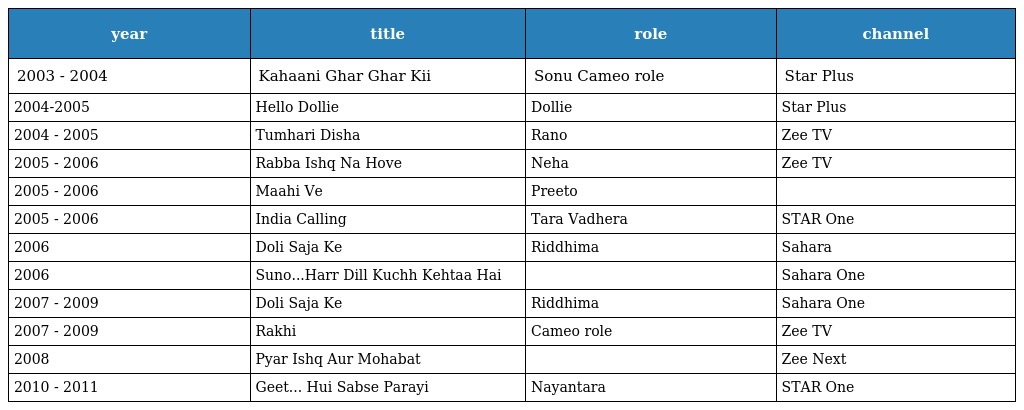
| year | title | role | channel |
 | --- | --- | --- | --- |
 | 2003 - 2004 | Kahaani Ghar Ghar Kii | Sonu Cameo role | Star Plus |
 | 2004-2005 | Hello Dollie | Dollie | Star Plus |
 | 2004 - 2005 | Tumhari Disha | Rano | Zee TV |
 | 2005 - 2006 | Rabba Ishq Na Hove | Neha | Zee TV |
 | 2005 - 2006 | Maahi Ve | Preeto |  |
 | 2005 - 2006 | India Calling | Tara Vadhera | STAR One |
 | 2006 | Doli Saja Ke | Riddhima | Sahara |
 | 2006 | Suno...Harr Dill Kuchh Kehtaa Hai |  | Sahara One |
 | 2007 - 2009 | Doli Saja Ke | Riddhima | Sahara One |
 | 2007 - 2009 | Rakhi | Cameo role | Zee TV |
 | 2008 | Pyar Ishq Aur Mohabat |  | Zee Next |
 | 2010 - 2011 | Geet... Hui Sabse Parayi | Nayantara | STAR One |